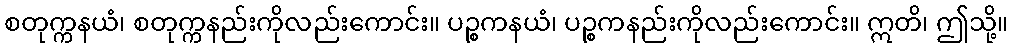
စတုက္ကနယံ၊ စတုက္ကနည်းကိုလည်းကောင်း။ ပဉ္စကနယံ၊ ပဉ္စကနည်းကိုလည်းကောင်း။ ဣတိ၊ ဤသို့။